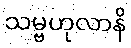
သမ္ဗဟုလာနိ